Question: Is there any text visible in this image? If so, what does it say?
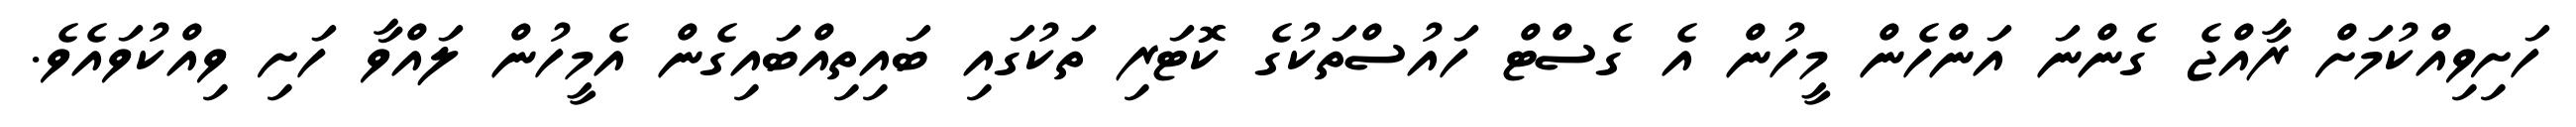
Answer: ހަށިވިއްކުމަށް ރާއްޖެ ގެންނަ އަންހެން މީހުން އެ ގެސްޓް ހައުސްތަކުގެ ކޮޓަރި ތަކުގައި ބައިތިއްބައިގެން އެމީހުން ލައްވާ ހަށި ވިއްކުވައެވެ.